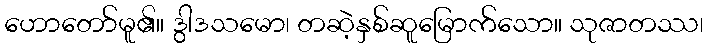
ဟောတော်မူ၏။ ဒွါဒသမော၊ တဆဲ့နှစ်ဆူမြောက်သော။ သုဇာတဿ၊